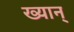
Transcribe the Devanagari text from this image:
ख्यान्